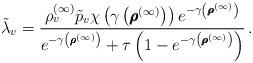
LaTeX: \begin{align*}\tilde{\lambda}_v = \frac{ \rho_v^{(\infty)} \tilde{p}_v \chi\left( \gamma \left( \pmb{\rho}^{(\infty)} \right) \right)e^{- \gamma \left( \pmb{\rho}^{(\infty)} \right)} }{e^{- \gamma\left( \pmb{\rho}^{(\infty)} \right)} + \tau\left( 1 - e^{- \gamma\left( \pmb{\rho}^{(\infty)} \right)} \right) } \,.\end{align*}